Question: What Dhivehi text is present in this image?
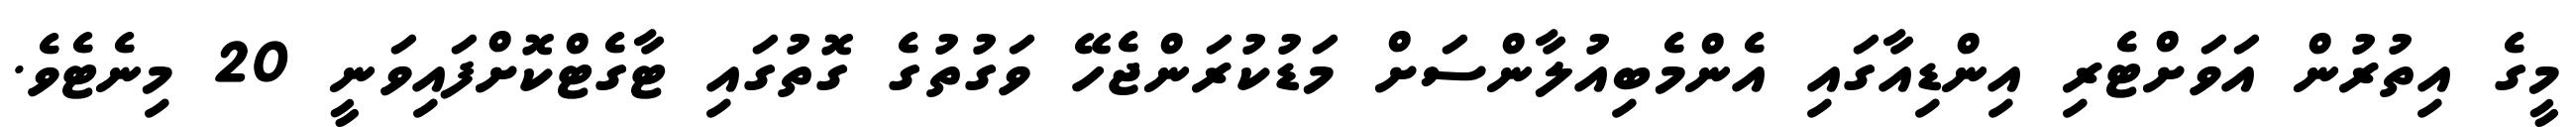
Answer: މީގެ އިތުރުން އަވަށްޓެރި އިންޑިއާގައި އެންމެބިއުލާންސަށް މަޑުކުރަންޖެހޭ ވަގުތުގެ ގޮތުގައި ޓާގެޓްކޮށްފައިވަނީ 20 މިނެޓެވެ.